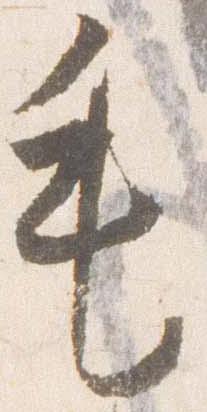
毛